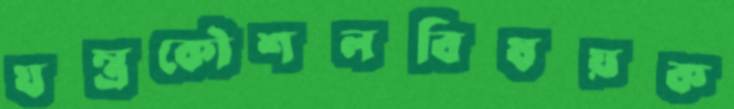
যন্ত্রকৌশলবিষয়ক